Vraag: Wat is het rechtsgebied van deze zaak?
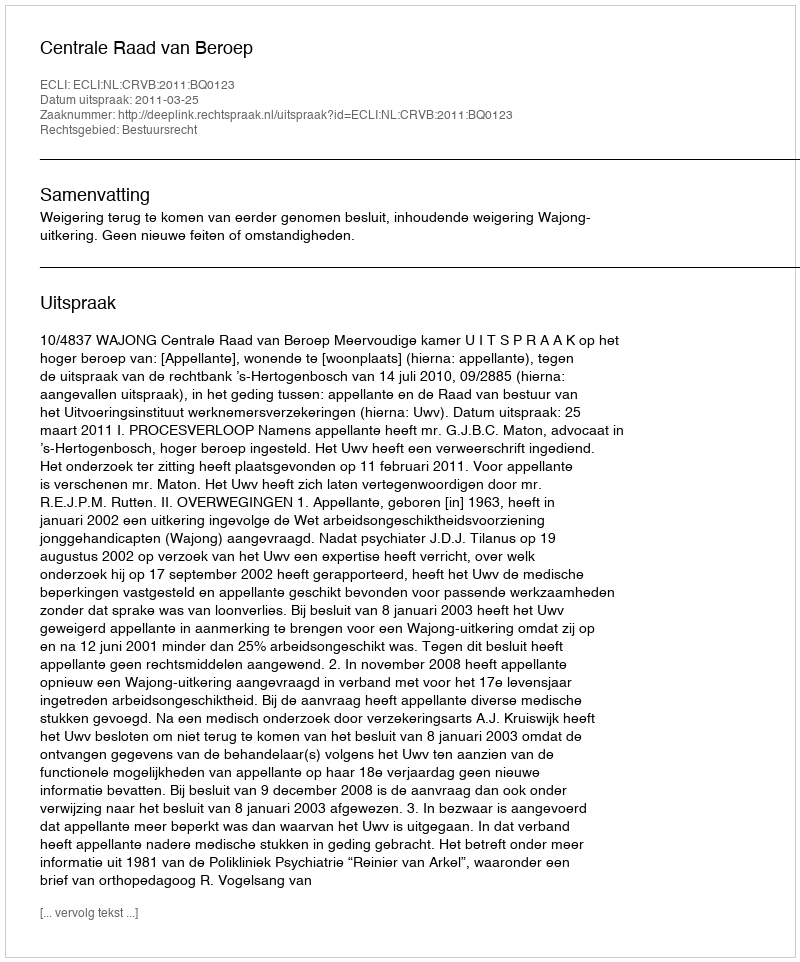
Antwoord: Bestuursrecht